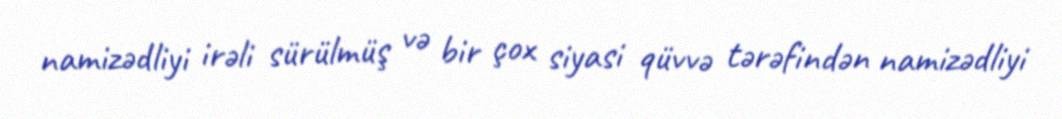
namizədliyi irəli sürülmüş və bir çox siyasi qüvvə tərəfindən namizədliyi